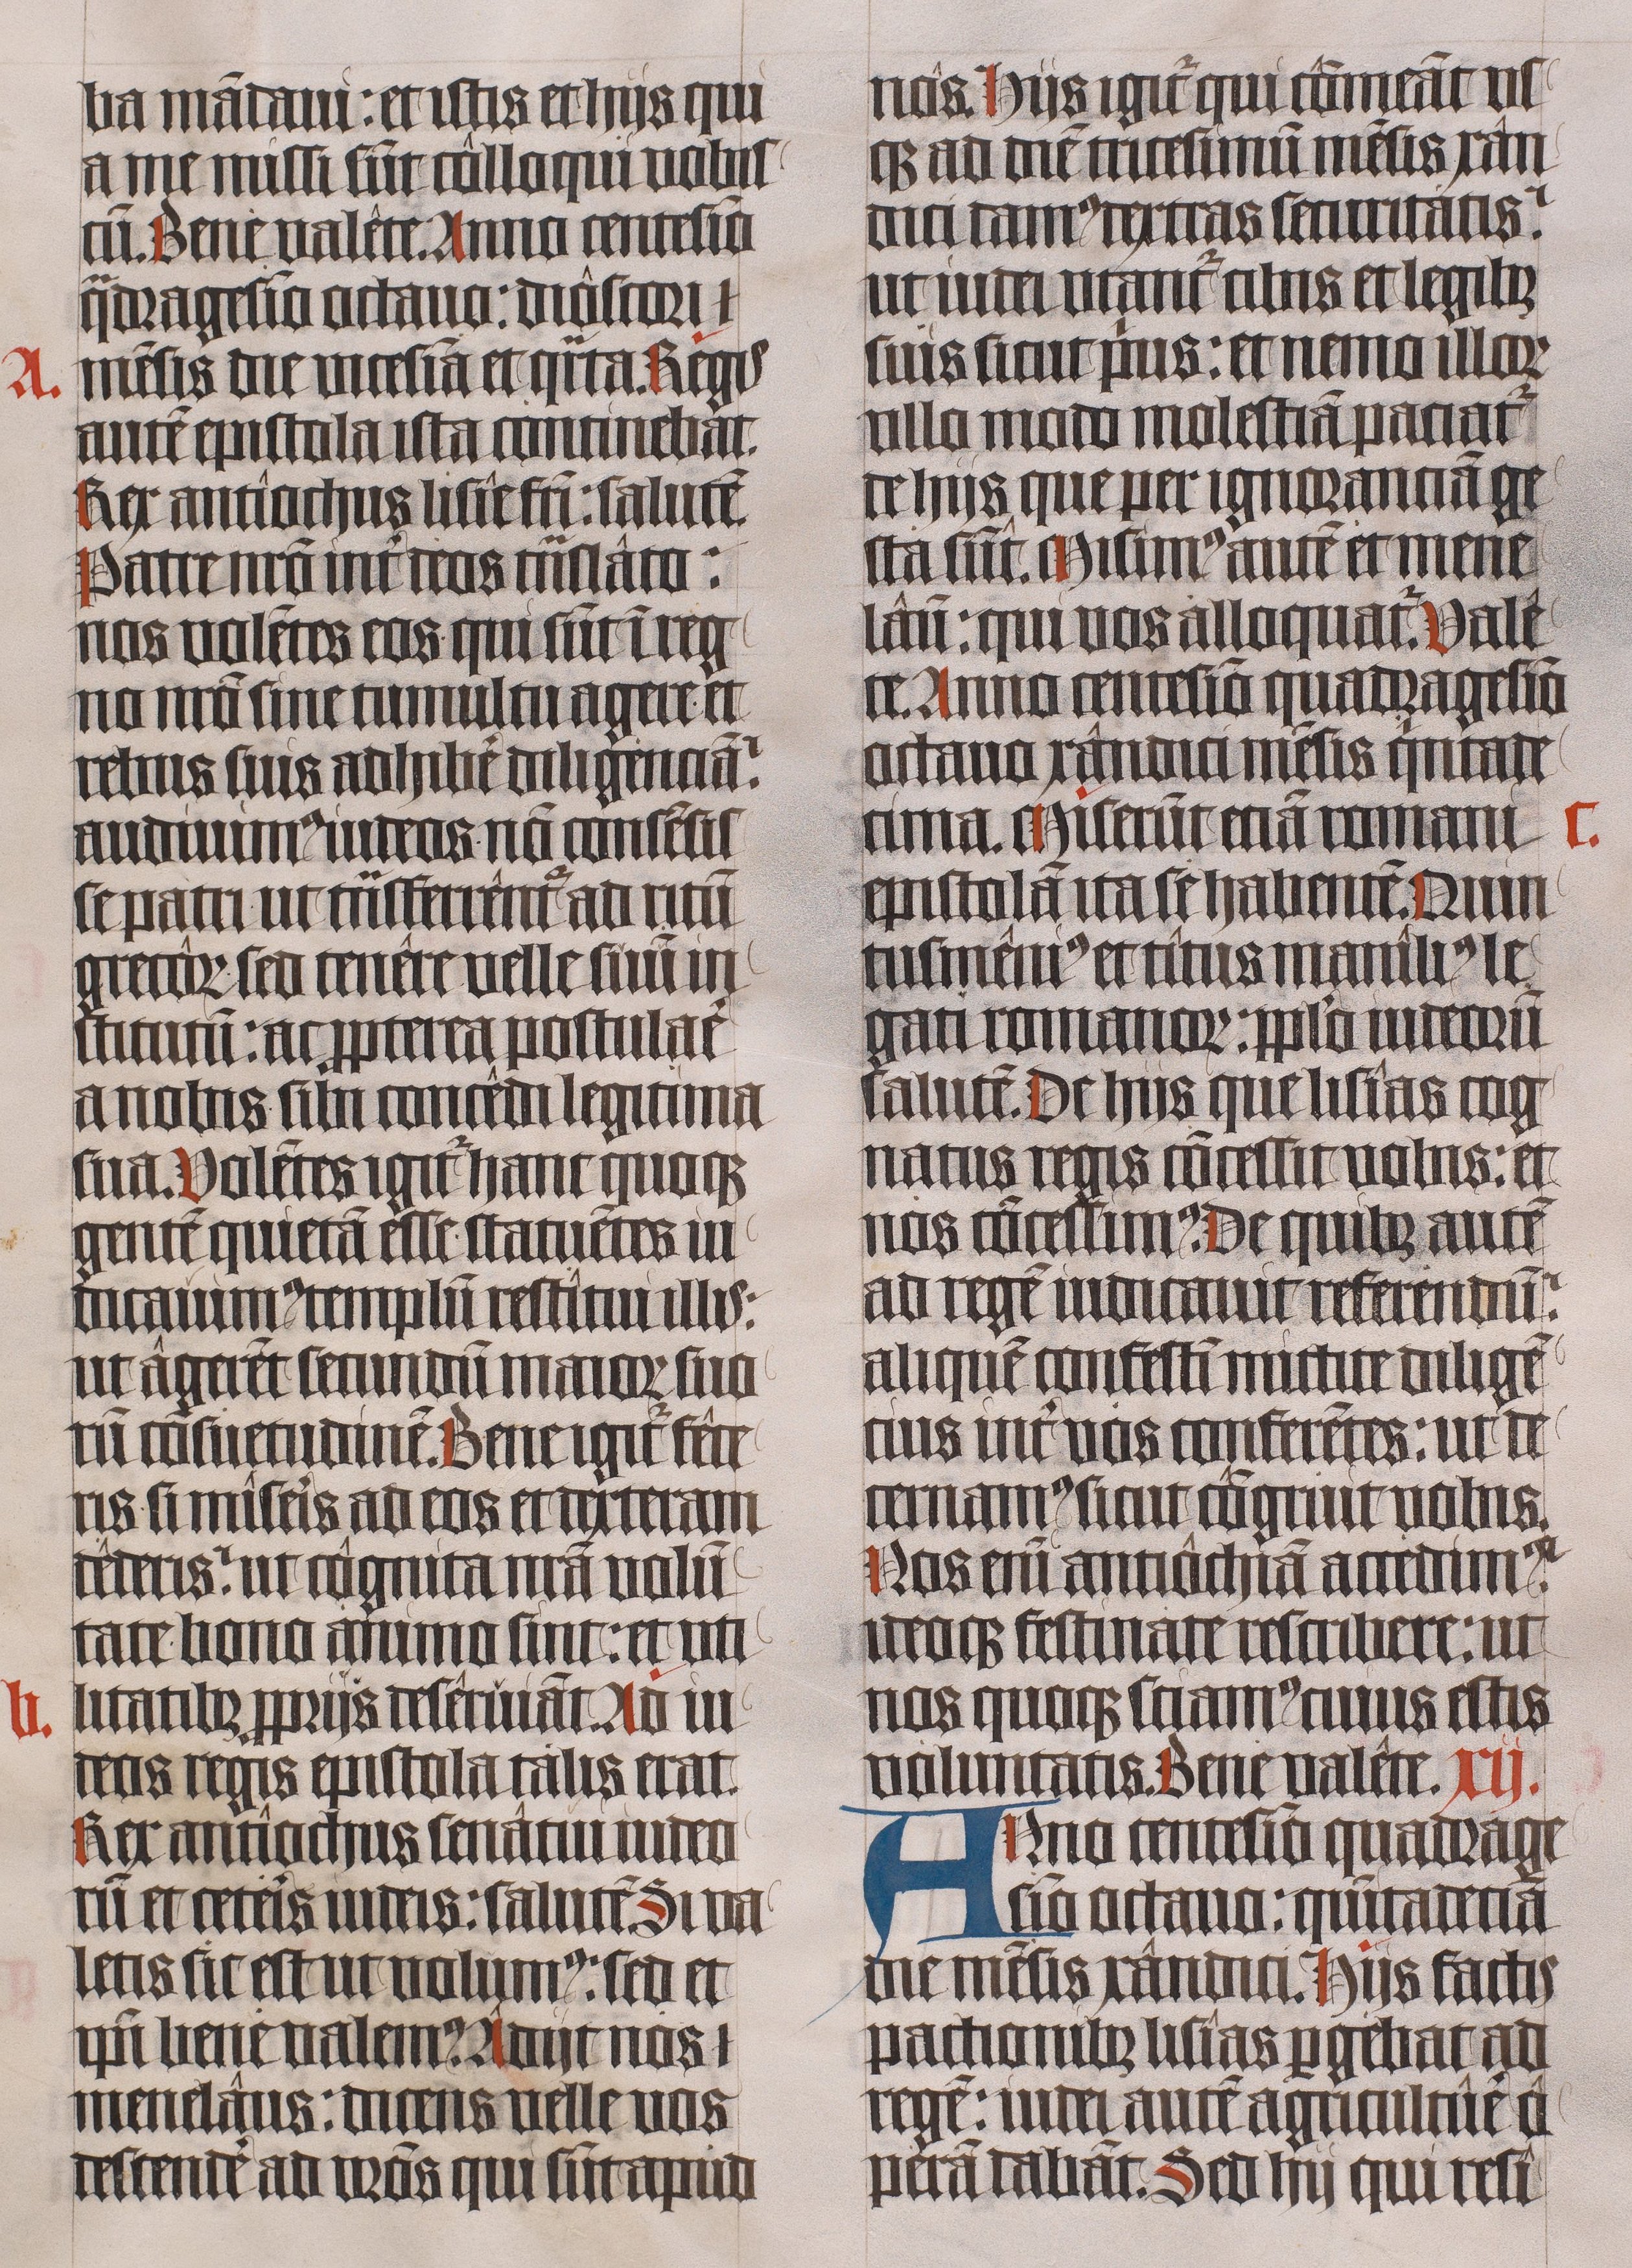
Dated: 1443–1443